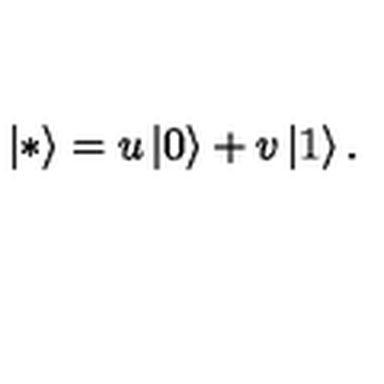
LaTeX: \left| * \right> = u \left| 0 \right> + v \left| 1 \right> .